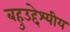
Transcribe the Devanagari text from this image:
बहुउद्देश्‍यीय